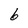
Character: 6